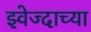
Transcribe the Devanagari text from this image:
झ्वेज्दाच्या